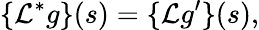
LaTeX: \{ {\mathcal{L}}^{*}g\} (s)=\{ {\mathcal{L}}g^{\prime}\} (s),